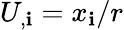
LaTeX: U_{,\mathbf{i}}=x_{\mathbf{i}}/r